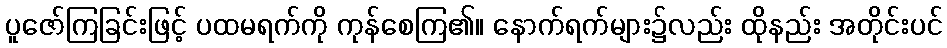
ပူဇော်ကြခြင်းဖြင့် ပထမရက်ကို ကုန်စေကြ၏။ နောက်ရက်များ၌လည်း ထိုနည်း အတိုင်းပင်